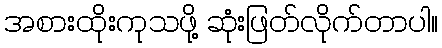
အစားထိုးကုသဖို့ ဆုံးဖြတ်လိုက်တာပါ။